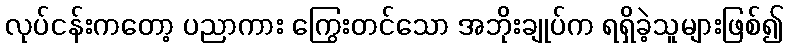
လုပ်ငန်းကတော့ ပညာကား ကြွေးတင်သော အဘိုးချုပ်က ရရှိခဲ့သူများဖြစ်၍